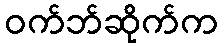
ဝက်ဘ်ဆိုက်က